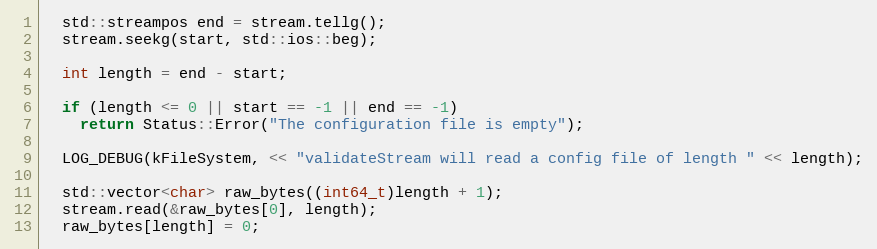
Language: C++
  std::streampos end = stream.tellg();
  stream.seekg(start, std::ios::beg);

  int length = end - start;

  if (length <= 0 || start == -1 || end == -1)
    return Status::Error("The configuration file is empty");

  LOG_DEBUG(kFileSystem, << "validateStream will read a config file of length " << length);

  std::vector<char> raw_bytes((int64_t)length + 1);
  stream.read(&raw_bytes[0], length);
  raw_bytes[length] = 0;